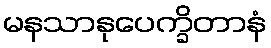
မနသာနုပေက္ခိတာနံ